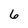
Character: 6